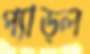
প্যাড্ল